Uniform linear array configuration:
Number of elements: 4
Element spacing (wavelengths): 1
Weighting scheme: hamming
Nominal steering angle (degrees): -60
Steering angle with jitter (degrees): -59.411
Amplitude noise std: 0.05
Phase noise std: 0.05

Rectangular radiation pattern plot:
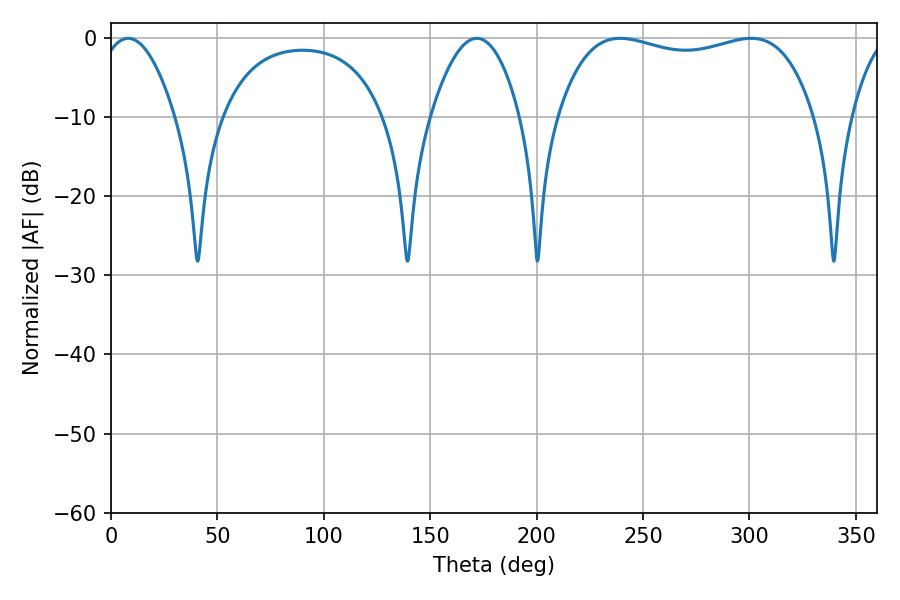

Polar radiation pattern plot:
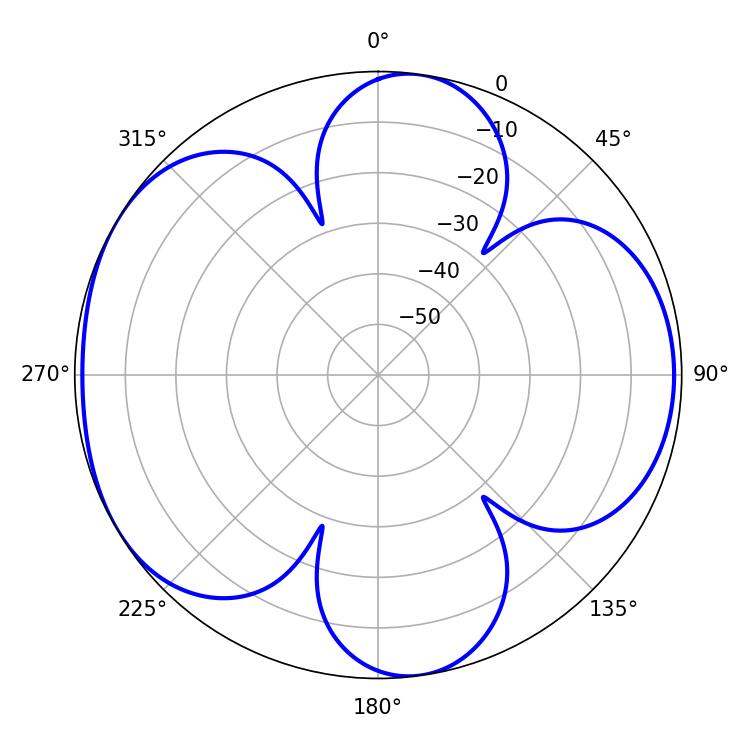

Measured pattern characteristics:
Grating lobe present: TRUE
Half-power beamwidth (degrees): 97.56
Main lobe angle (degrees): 239.22